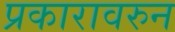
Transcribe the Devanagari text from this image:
प्रकारावरुन